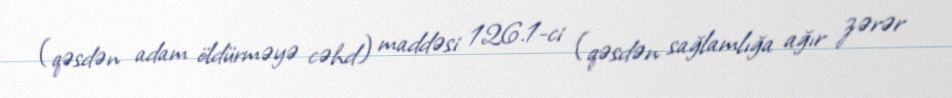
(qəsdən adam öldürməyə cəhd) maddəsi 126.1-ci (qəsdən sağlamlığa ağır zərər